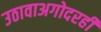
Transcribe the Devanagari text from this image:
उठावाअगोदरही